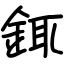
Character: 銸